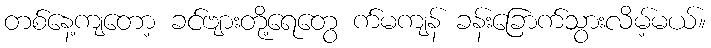
တစ်နေ့ကျတော့ ခင်ဗျားတို့ရေတွေ က်မကျန် ခန်းခြောက်သွားလိမ့်မယ်။